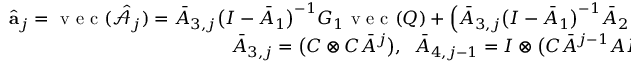
\begin{array} { r } { \hat { \mathbf { a } } _ { j } = \mathrm { ~ v ~ e ~ c ~ } ( \hat { \mathcal { A } } _ { j } ) = \bar { A } _ { 3 , j } \big ( I - \bar { A } _ { 1 } \big ) ^ { - 1 } G _ { 1 } \mathrm { ~ v ~ e ~ c ~ } ( Q ) + \Big ( \bar { A } _ { 3 , j } \big ( I - \bar { A } _ { 1 } \big ) ^ { - 1 } \bar { A } _ { 2 } - \bar { A } _ { 4 , j - 1 } \Big ) \mathrm { ~ v ~ e ~ c ~ } ( R ) } \\ { \bar { A } _ { 3 , j } = \big ( C \otimes C \bar { A } ^ { j } \big ) , \; \; \bar { A } _ { 4 , j - 1 } = I \otimes \big ( C \bar { A } ^ { j - 1 } A L \big ) , \; j = 1 , 2 , \ldots , N _ { A } . } \end{array}